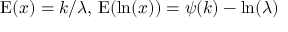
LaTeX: \operatorname { E } ( x ) = k / \lambda , \, \operatorname { E } ( \ln ( x ) ) = \psi ( k ) - \ln ( \lambda )